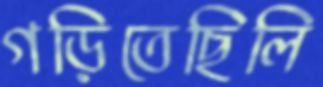
গড়িতেছিলি